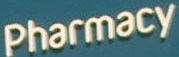
Pharmacy